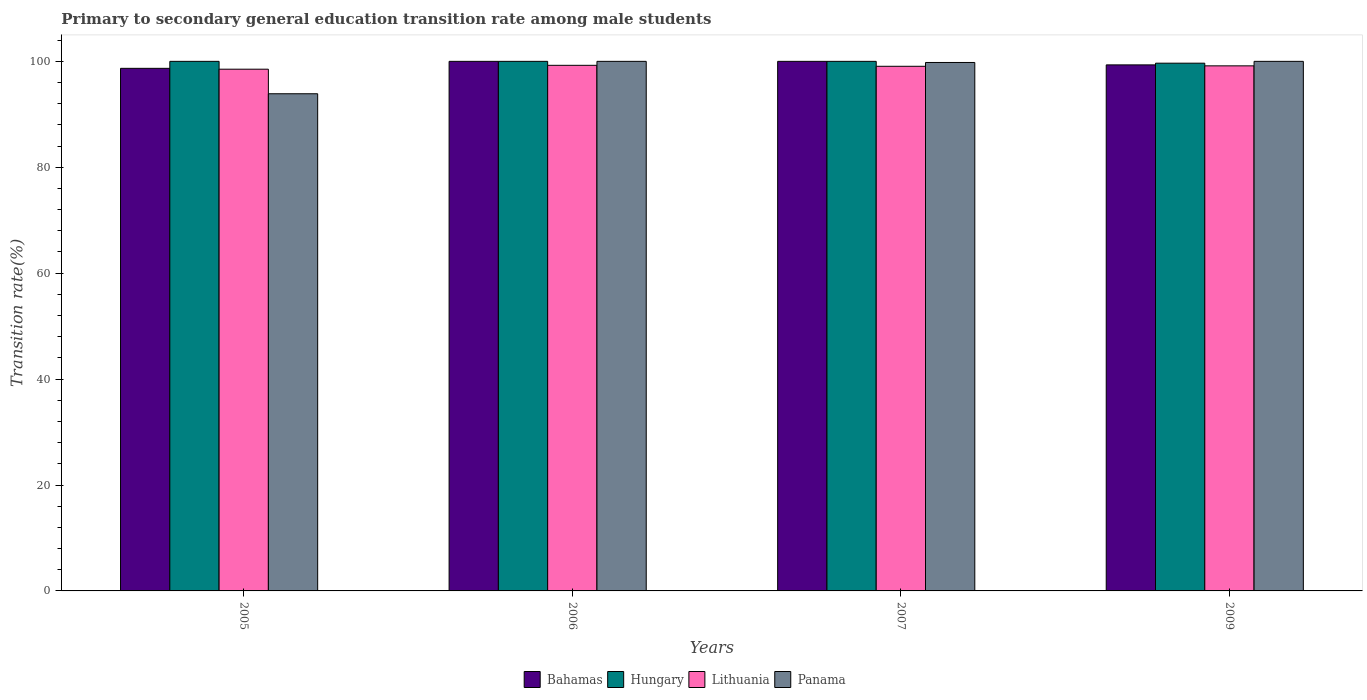
| Years | Bahamas | Hungary | Lithuania | Panama |
 | --- | --- | --- | --- | --- |
 | 2005 | 98.7 | 100 | 98.5 | 93.9 |
 | 2006 | 100 | 100 | 99.3 | 100 |
 | 2007 | 100 | 100 | 99.1 | 99.8 |
 | 2009 | 99.3 | 99.7 | 99.1 | 100 |